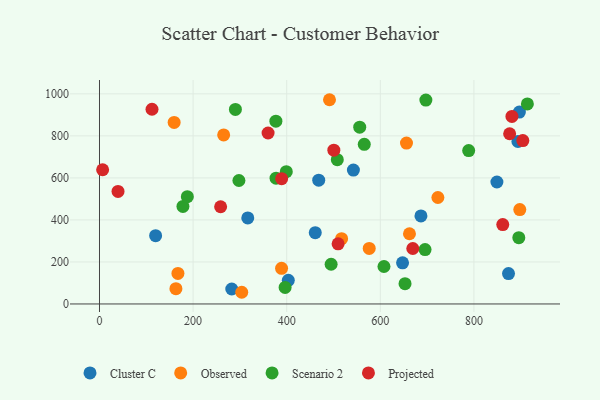
{"axis": {"x": "Engine Size", "y": "Exam Score"}, "legend": ["Cluster C", "Observed", "Projected", "Scenario 2"], "data": [{"x": "316.8", "y": 409.5, "type": "Cluster C"}, {"x": "873.9", "y": 144.8, "type": "Cluster C"}, {"x": "647.5", "y": 195.7, "type": "Cluster C"}, {"x": "849.1", "y": 580.6, "type": "Cluster C"}, {"x": "282.6", "y": 71.2, "type": "Cluster C"}, {"x": "468.4", "y": 589.2, "type": "Cluster C"}, {"x": "403.4", "y": 112.3, "type": "Cluster C"}, {"x": "894.0", "y": 773.2, "type": "Cluster C"}, {"x": "897.1", "y": 913.2, "type": "Cluster C"}, {"x": "461.0", "y": 339.2, "type": "Cluster C"}, {"x": "542.5", "y": 637.3, "type": "Cluster C"}, {"x": "686.8", "y": 419.0, "type": "Cluster C"}, {"x": "119.9", "y": 325.1, "type": "Cluster C"}, {"x": "723.0", "y": 506.7, "type": "Observed"}, {"x": "898.0", "y": 449.3, "type": "Observed"}, {"x": "576.3", "y": 264.2, "type": "Observed"}, {"x": "655.9", "y": 765.6, "type": "Observed"}, {"x": "491.4", "y": 972.1, "type": "Observed"}, {"x": "517.3", "y": 310.8, "type": "Observed"}, {"x": "163.3", "y": 72.9, "type": "Observed"}, {"x": "265.3", "y": 804.7, "type": "Observed"}, {"x": "303.9", "y": 55.6, "type": "Observed"}, {"x": "389.0", "y": 169.7, "type": "Observed"}, {"x": "662.3", "y": 334.2, "type": "Observed"}, {"x": "159.5", "y": 863.9, "type": "Observed"}, {"x": "167.6", "y": 145.3, "type": "Observed"}, {"x": "494.9", "y": 188.9, "type": "Scenario 2"}, {"x": "607.8", "y": 178.4, "type": "Scenario 2"}, {"x": "697.3", "y": 970.3, "type": "Scenario 2"}, {"x": "178.3", "y": 464.2, "type": "Scenario 2"}, {"x": "895.9", "y": 315.3, "type": "Scenario 2"}, {"x": "399.1", "y": 629.6, "type": "Scenario 2"}, {"x": "695.6", "y": 258.7, "type": "Scenario 2"}, {"x": "297.9", "y": 587.6, "type": "Scenario 2"}, {"x": "508.1", "y": 686.6, "type": "Scenario 2"}, {"x": "565.7", "y": 759.8, "type": "Scenario 2"}, {"x": "187.7", "y": 510.6, "type": "Scenario 2"}, {"x": "290.4", "y": 926.0, "type": "Scenario 2"}, {"x": "652.8", "y": 96.3, "type": "Scenario 2"}, {"x": "914.2", "y": 951.9, "type": "Scenario 2"}, {"x": "396.6", "y": 78.5, "type": "Scenario 2"}, {"x": "377.2", "y": 598.8, "type": "Scenario 2"}, {"x": "376.9", "y": 870.1, "type": "Scenario 2"}, {"x": "788.8", "y": 730.0, "type": "Scenario 2"}, {"x": "556.0", "y": 841.5, "type": "Scenario 2"}, {"x": "258.8", "y": 462.6, "type": "Projected"}, {"x": "360.2", "y": 813.6, "type": "Projected"}, {"x": "500.7", "y": 731.9, "type": "Projected"}, {"x": "669.4", "y": 264.0, "type": "Projected"}, {"x": "876.3", "y": 810.1, "type": "Projected"}, {"x": "112.2", "y": 926.7, "type": "Projected"}, {"x": "509.8", "y": 286.4, "type": "Projected"}, {"x": "904.5", "y": 777.6, "type": "Projected"}, {"x": "6.7", "y": 638.7, "type": "Projected"}, {"x": "389.2", "y": 596.4, "type": "Projected"}, {"x": "861.6", "y": 377.8, "type": "Projected"}, {"x": "881.2", "y": 892.4, "type": "Projected"}, {"x": "39.6", "y": 535.7, "type": "Projected"}]}